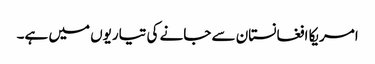
امریکا افغانستان سے جانے کی تیاریوں میں ہے۔